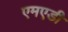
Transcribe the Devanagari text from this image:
एमएडी